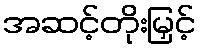
အဆင့်တိုးမြှင့်